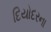
દિયોદરના